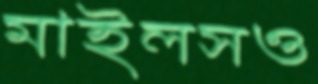
মাইলসও